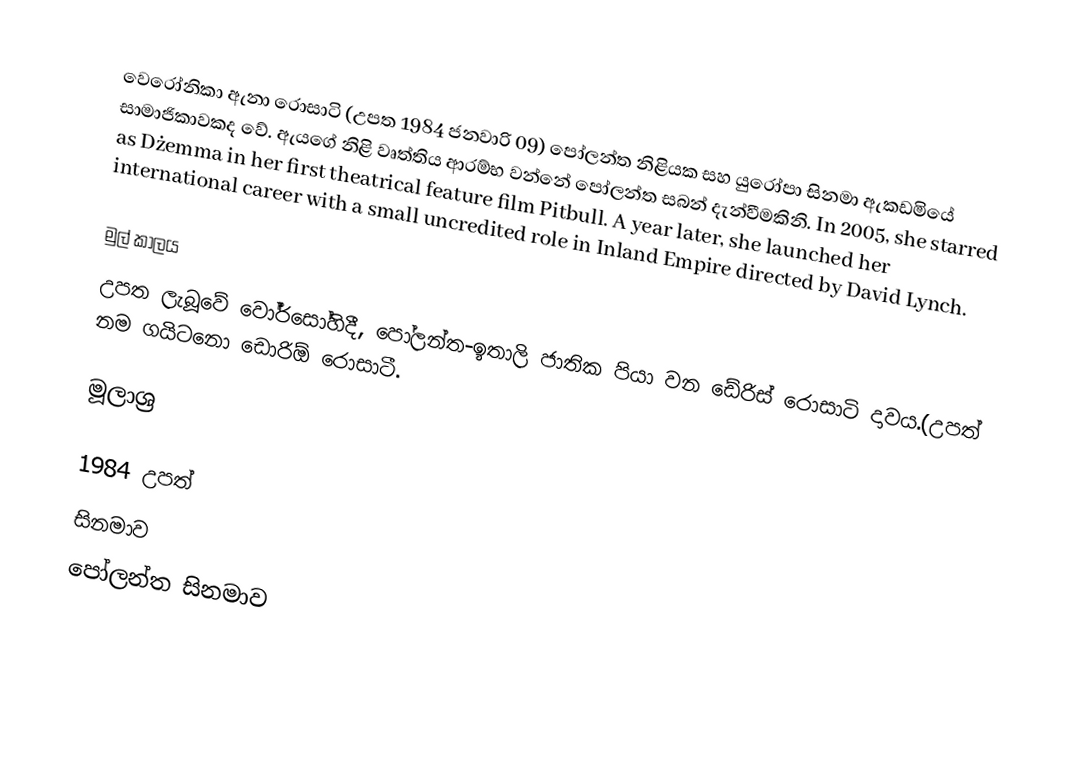
වෙරෝනිකා ඇනා රොසාටි (උපත 1984 ජනවාරි 09) පෝලන්ත නිළියක සහ යුරෝපා සිනමා ඇකඩමියේ සාමාජිකාවකද වේ. ඇයගේ නිළි වෘත්තිය ආරම්භ වන්නේ පෝලන්ත සබන් දැන්වීමකිනි. In 2005, she starred as Dżemma in her first theatrical feature film Pitbull. A year later, she launched her international career with a small uncredited role in Inland Empire directed by David Lynch.

මුල් කාලය
උපත ලැබූවේ වෝර්සෝහිදී, පෝලන්ත-ඉතාලි ජාතික පියා වන ඩේරිස් රොසාටි දාවය.(උපත් නම ගයිටනො ඩොරිඕ රොසාටී.

මූලාශ්‍ර

1984 උපත්
සිනමාව
පෝලන්ත සිනමාව